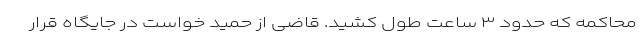
محاکمه که حدود ۳ ساعت طول کشید. قاضی از حمید خواست در جایگاه قرار